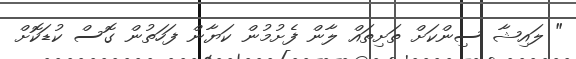
" ލައިޝާ ސިންކަށް ތަށިތައް ލާން ފެށުމުން ކަޔާން ފަހަތުން ގޮސް ކުޑަކޮށް